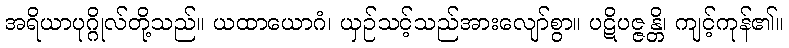
အရိယာပုဂ္ဂိုလ်တို့သည်။ ယထာယောဂံ၊ ယှဉ်သင့်သည်အားလျော်စွာ။ ပဋိပဇ္ဇန္တိ၊ ကျင့်ကုန်၏။